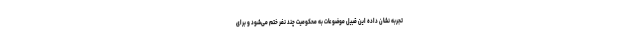
تجربه نشان داده این قبیل موضوعات به محکومیت چند نفر ختم می‌شود و برای